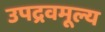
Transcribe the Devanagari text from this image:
उपद्रवमूल्य